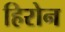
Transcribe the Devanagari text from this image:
हिरोन